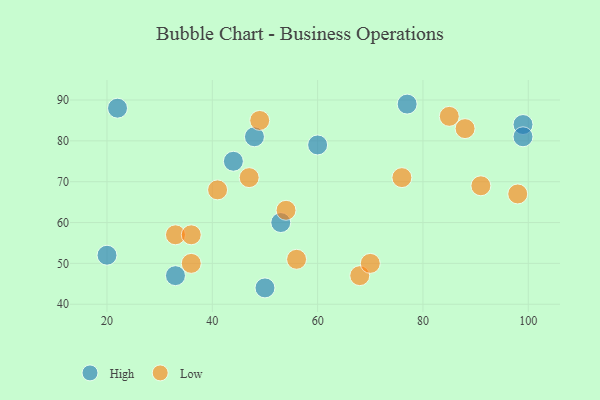
{"axis": {"x": "GDP", "y": "Life Expectancy"}, "legend": ["High", "Low"], "data": [{"x": "99", "y": 84, "type": "High"}, {"x": "33", "y": 47, "type": "High"}, {"x": "60", "y": 79, "type": "High"}, {"x": "44", "y": 75, "type": "High"}, {"x": "50", "y": 44, "type": "High"}, {"x": "99", "y": 81, "type": "High"}, {"x": "22", "y": 88, "type": "High"}, {"x": "20", "y": 52, "type": "High"}, {"x": "77", "y": 89, "type": "High"}, {"x": "53", "y": 60, "type": "High"}, {"x": "48", "y": 81, "type": "High"}, {"x": "33", "y": 57, "type": "Low"}, {"x": "91", "y": 69, "type": "Low"}, {"x": "76", "y": 71, "type": "Low"}, {"x": "68", "y": 47, "type": "Low"}, {"x": "47", "y": 71, "type": "Low"}, {"x": "70", "y": 50, "type": "Low"}, {"x": "41", "y": 68, "type": "Low"}, {"x": "98", "y": 67, "type": "Low"}, {"x": "36", "y": 50, "type": "Low"}, {"x": "54", "y": 63, "type": "Low"}, {"x": "85", "y": 86, "type": "Low"}, {"x": "88", "y": 83, "type": "Low"}, {"x": "49", "y": 85, "type": "Low"}, {"x": "36", "y": 57, "type": "Low"}, {"x": "56", "y": 51, "type": "Low"}]}